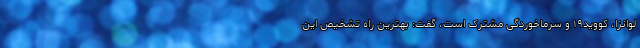
لوانزا، کووید۱۹ و سرماخوردگی مشترک است، گفت: بهترین راه تشخیص این